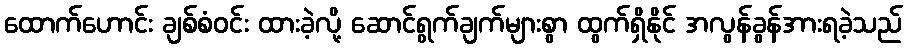
ထောက်ဟောင်း ချစ်စံဝင်း ထားခဲ့လို့ ဆောင်ရွက်ချက်များစွာ ထွက်ရှိနိုင် အလွန်ခွန်အားရခဲ့သည်